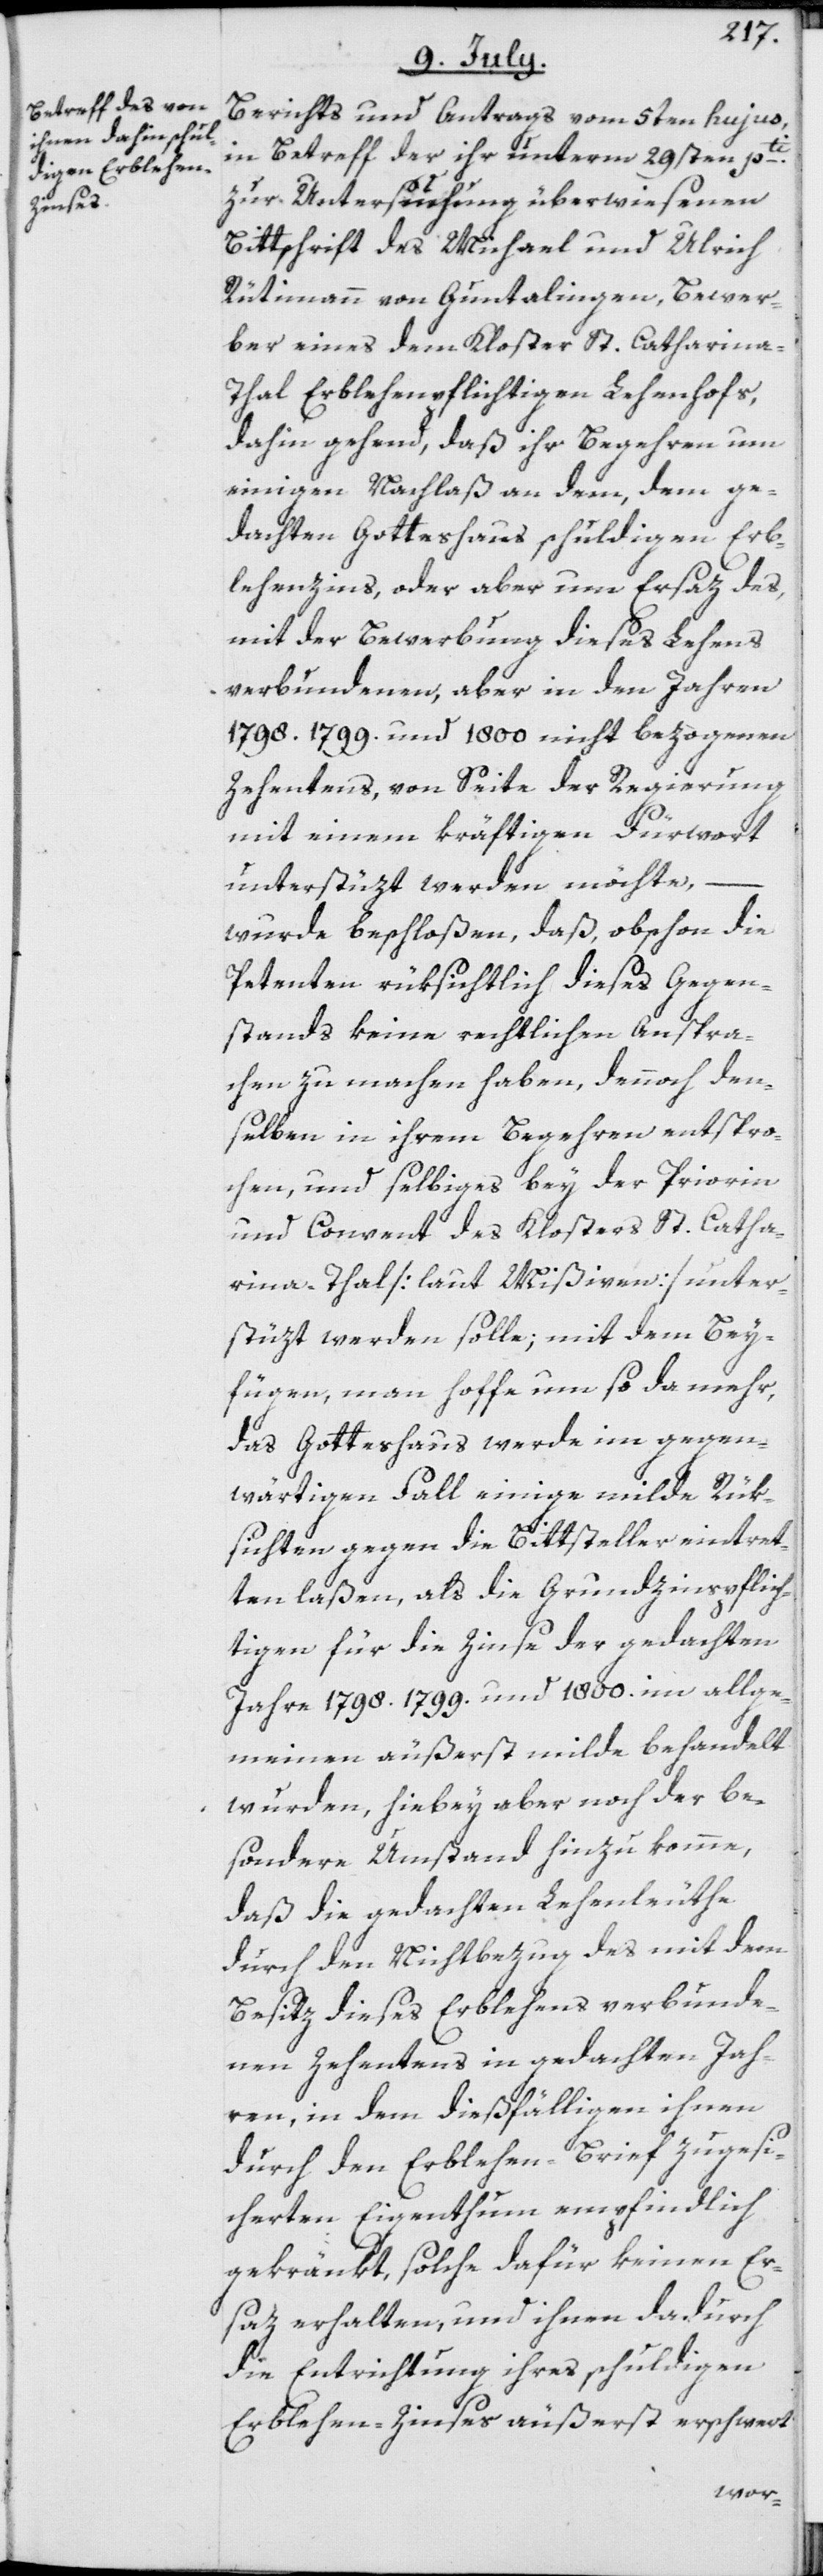
Berichts und Antrags vom 5ten hujus,
in Betreff der ihr unterm 29sten pti.
zur Untersuchung überwiesenen
Bittschrift des Michael und Ulrich
Rütimann von Guntalingen, Bewer¬
ber eines dem Kloster St. Catharina-T¬
hal Erblehenpflichtigen Lehenhofs,
dahin gehend, daß ihr Begehren um
einigen Nachlaß an dem, dem ge¬
dachten Gotteshaus schuldigen Erb¬
lehenzins, oder aber um Ersaz des,
mit der Bewerbung dieses Lehens
verbundenen, aber in den Jahren
1798. 1799. und 1800 nicht bezogenen
Zehentens, von Seite der Regierung
mit einem kräftigen Fürwort
unterstüzt werden möchte,
wurde beschloßen, daß, obschon die
Petenten rüksichtlich dieses Gegen¬
stands keine rechtlichen Anspra¬
chen zu machen haben, dennoch den¬
selben in ihrem Begehren entspro¬
chen, und selbiges bey der Priorin
und Convent des Klosters St. Catha¬
rina-Thal [laut Mißiven] unter¬
stüzt werden solle; mit dem Bey¬
fügen, man hoffe um so da mehr,
das Gotteshaus werde im gegen¬
wärtigen Fall einige milde Rük¬
sichten gegen die Bittsteller eintret¬
ten laßen, als die Grundzinspflich¬
tigen für die Zinse der gedachten
Jahre 1798. 1799. und 1800. im allge¬
meinen äußerst milde behandelt
wurden, hiebey aber noch der be¬
sondere Umstand hinzu komme,
daß die gedachten Lehenleuthe
durch den Nichtbezug des mit dem
Besitz dieses Erblehens verbunde¬
nen Zehentens in gedachten Jah¬
ren, in dem dießfälligen ihnen
durch den Erblehen-Brief zugesi¬
cherten Eigenthum empfindlich
gekränkt, solche dafür keinen Er¬
saz erhalten, und ihnen dadurch
die Entrichtung ihres schuldigen
Erblehen-Zinses äußerst erschwert